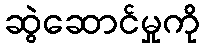
ဆွဲဆောင်မှုကို